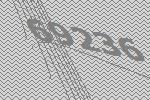
69236